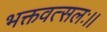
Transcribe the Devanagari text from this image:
भक्तवत्सलः।।